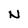
Character: N